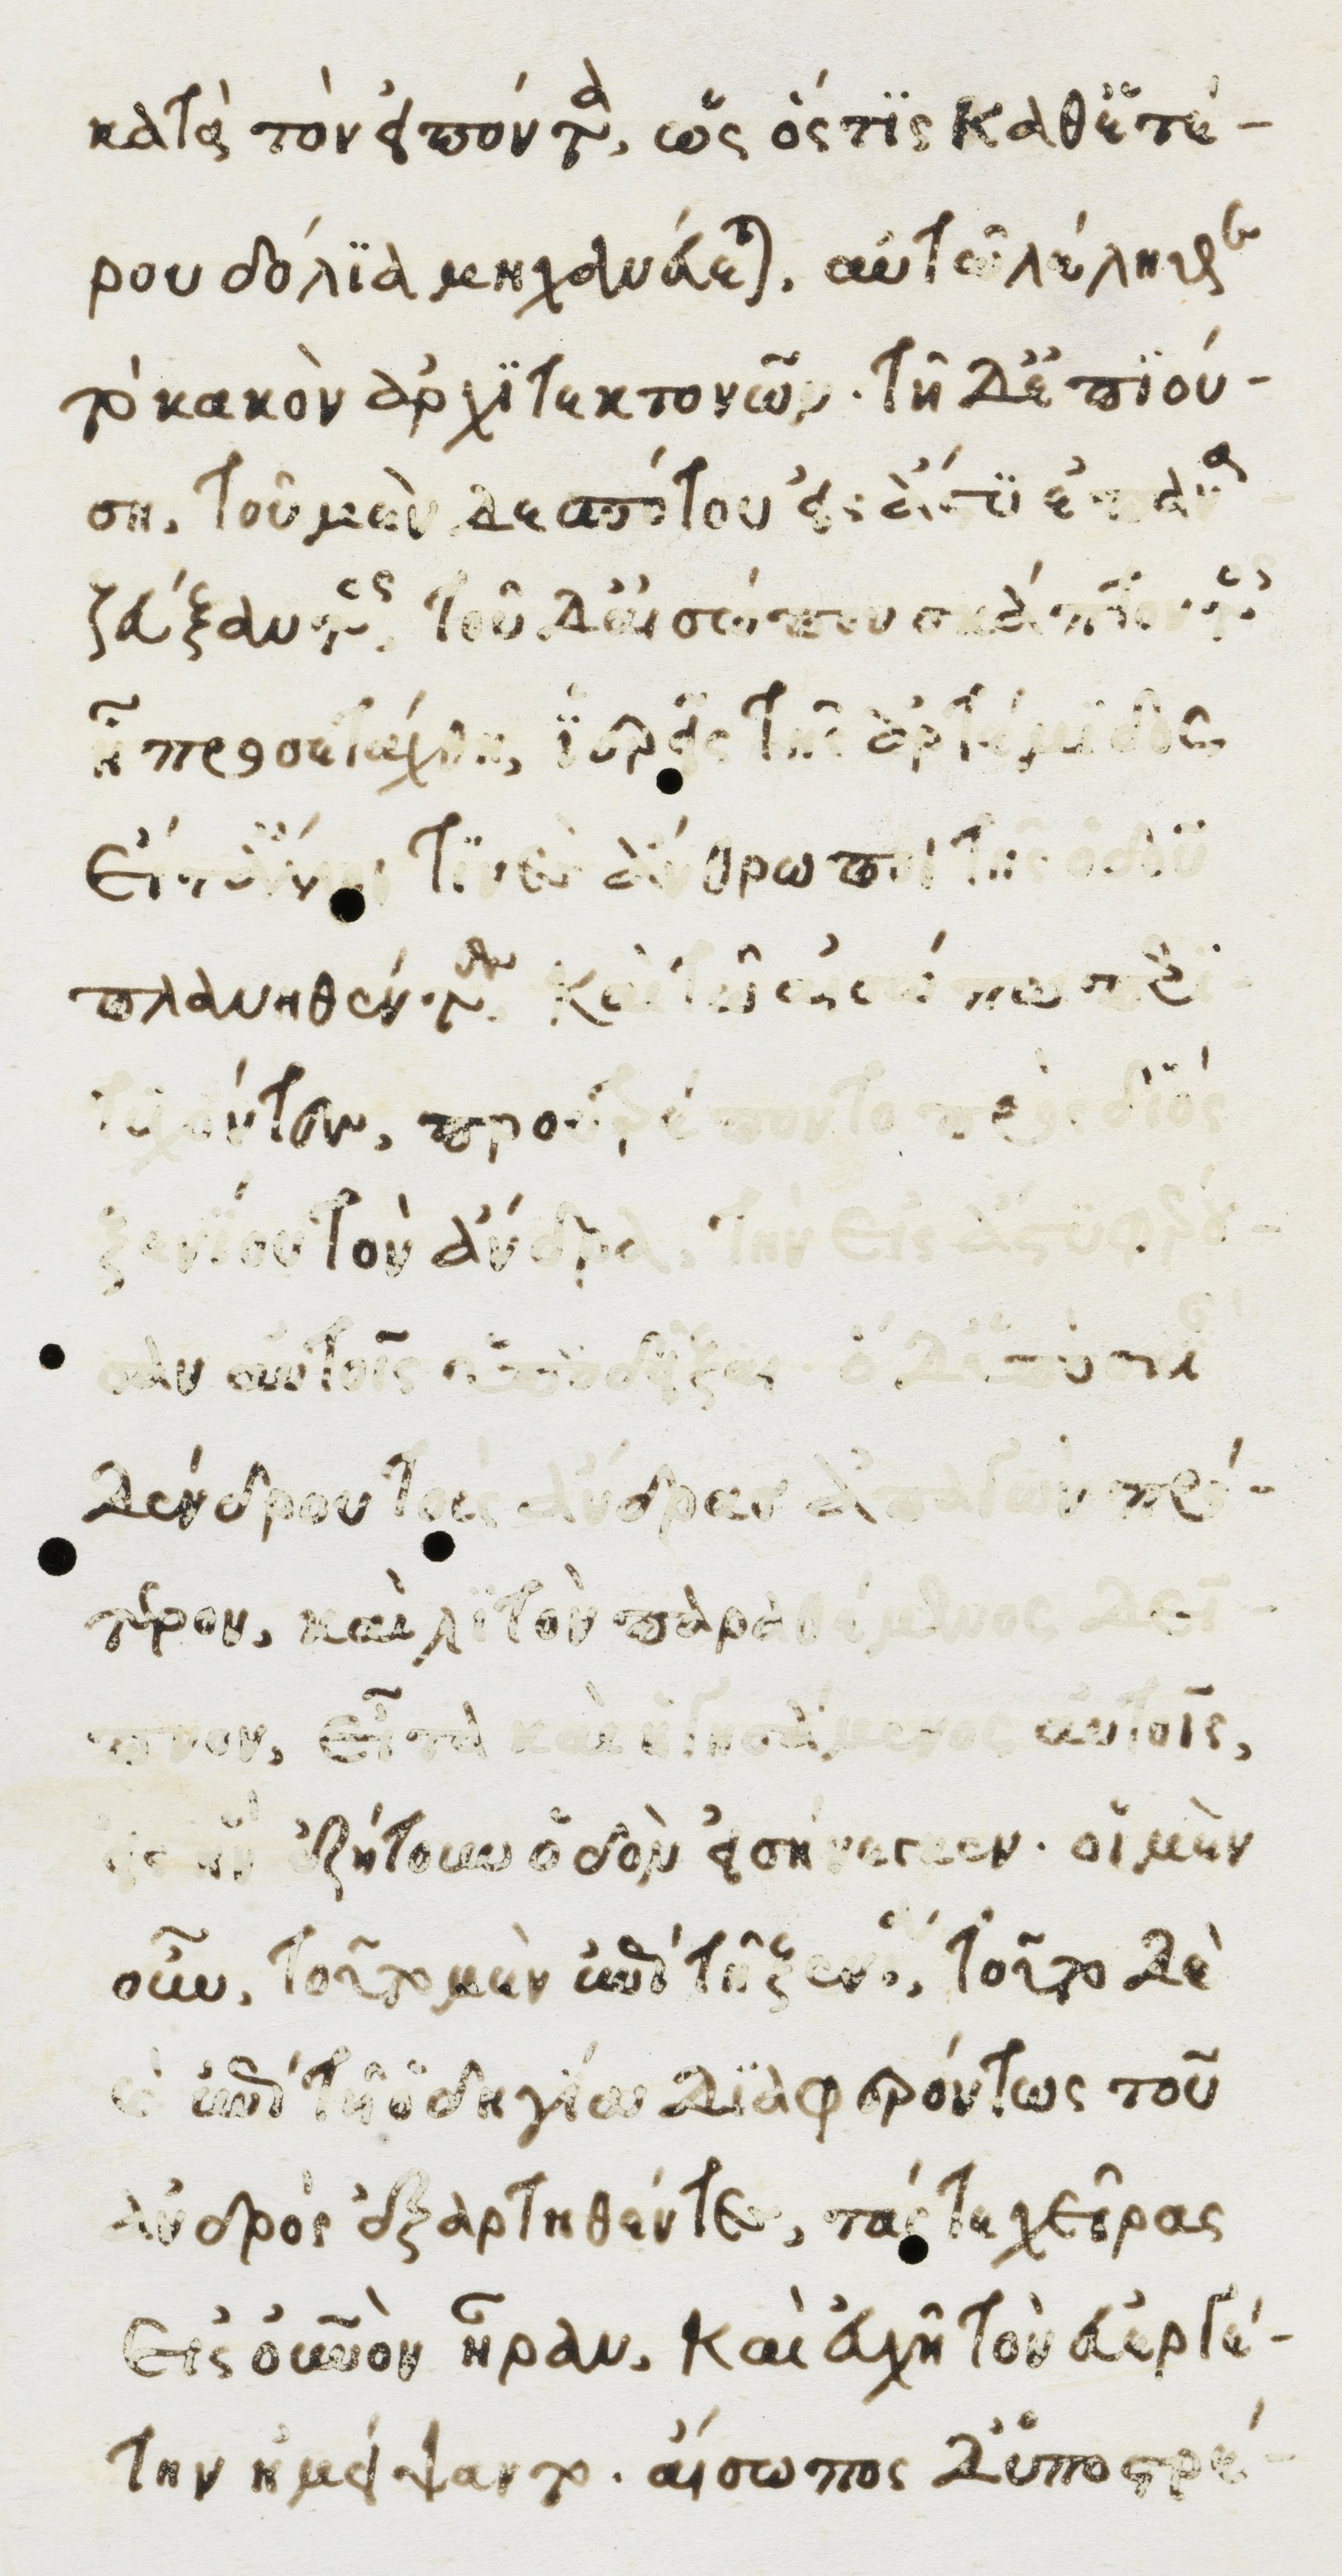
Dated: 1482–1485